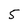
Character: 5